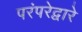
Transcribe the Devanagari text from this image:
परंपरेद्वारे